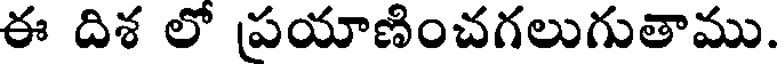
ఈ దిశ లో పయాణించగలుగుతాము.